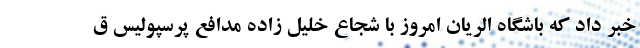
خبر داد که باشگاه الریان امروز با شجاع خلیل زاده مدافع پرسپولیس ق